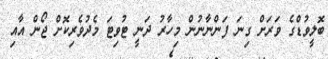
ބޮލީވުޑްގެ ވަރަށް ގިނަ ފަންނާނުން މިހާރު ދަނީ ޓުވިޓަ މެދުވެރިކޮށް ޖޯން އާއި